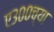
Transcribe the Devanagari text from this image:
ए३००च्या